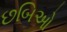
છબિઓ